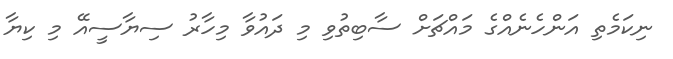
ނިކަމެތި އަންހެނެއްގެ މައްޗަށް ސާބިތުވި މި ދައުވާ މިހާރު ސިޔާސީއޭ މި ކިޔާ